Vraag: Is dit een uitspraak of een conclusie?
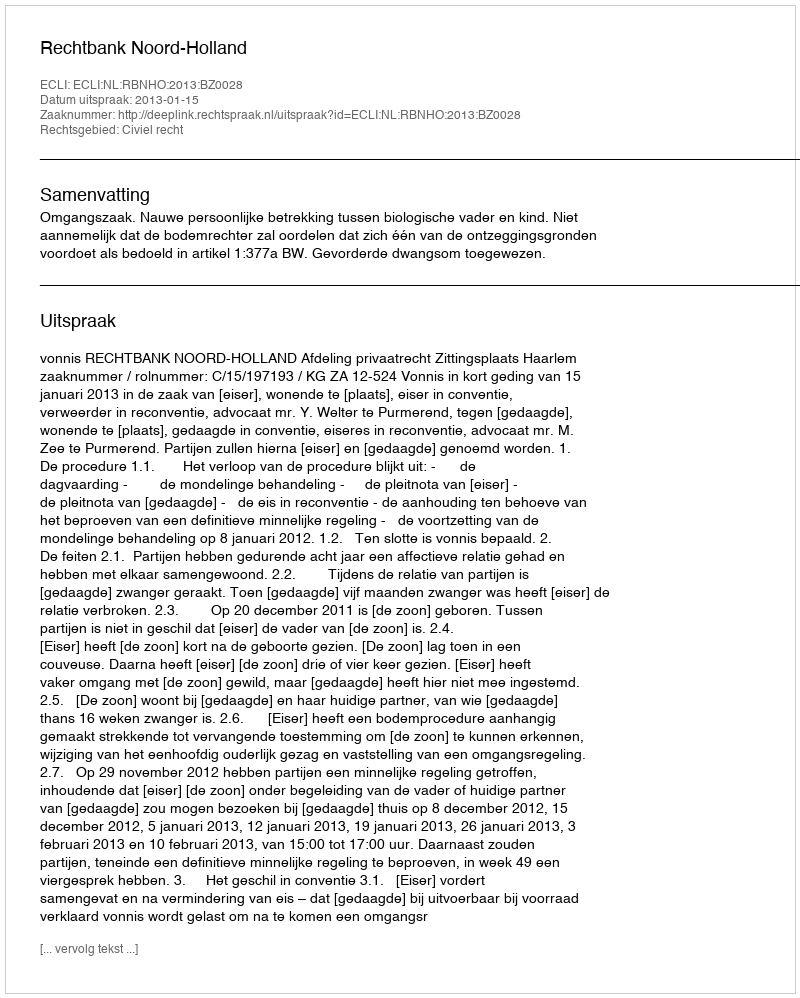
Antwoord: Uitspraak